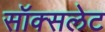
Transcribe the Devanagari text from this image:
सॉक्सलेट